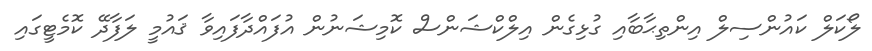
ލޯކަލް ކައުންސިލް އިންތިޙާބާއި ގުޅިގެން އިލްކްޝަންސް ކޮމިޝަނުން އުފައްދާފައިވާ ޤައުމީ ލަފާދޭ ކޮމެޓީގައި